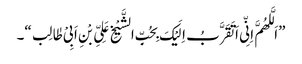
”اَلَّلھُمَّ اِنِّی اَ تَقَرَّبُ اِلَیْکَ بِحُبِّ الشَّیْخِ عَلِیِّ بْنِ اَبِیْ طٰالِب“۔